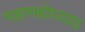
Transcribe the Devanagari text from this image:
महामहोध्याय